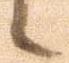
候